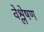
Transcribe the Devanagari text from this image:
वेश्लेषण